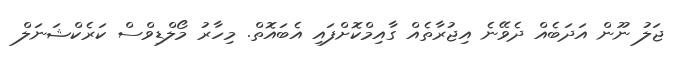
ޖަލު ނޫން އަދަބެއް ދެވޭނެ އިޖުރާތެއް ގާއިމްކޮށްފައި އެބައޮތް. މިހާރު މޯލްޑިވްސް ކަރެކްޝަނަލް